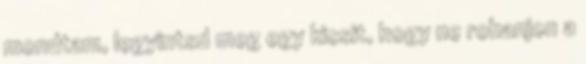
mondtam, legyintsd meg egy kicsit, hogy ne rohanjon a